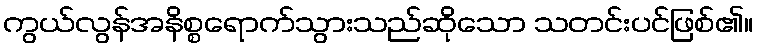
ကွယ်လွန်အနိစ္စရောက်သွားသည်ဆိုသော သတင်းပင်ဖြစ်၏။